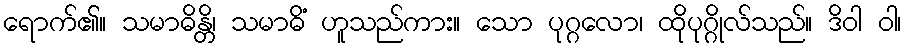
ရောက်၏။ သမာဓိန္တိ၊ သမာဓိံ ဟူသည်ကား။ သော ပုဂ္ဂလော၊ ထိုပုဂ္ဂိုလ်သည်။ ဒိဝါ ဝါ၊